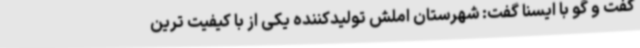
گفت و گو با ایسنا گفت: شهرستان املش تولیدکننده یکی از با کیفیت ترین